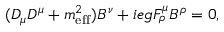
( D _ { \mu } D ^ { \mu } + m _ { \mathrm { e f f } } ^ { 2 } ) B ^ { \nu } + i e g F _ { \rho } ^ { \mu } B ^ { \rho } = 0 ,